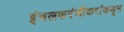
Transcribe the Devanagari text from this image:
इंचलकरंजीकरांकडून